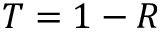
T = 1 - R